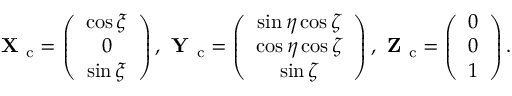
\textbf { X } _ { \mathrm { c } } = \left( \begin{array} { c } { \cos \xi } \\ { 0 } \\ { \sin \xi } \end{array} \right) , \textbf { Y } _ { \mathrm { c } } = \left( \begin{array} { c } { \sin \eta \cos \zeta } \\ { \cos \eta \cos \zeta } \\ { \sin \zeta } \end{array} \right) , \textbf { Z } _ { \mathrm { c } } = \left( \begin{array} { l } { 0 } \\ { 0 } \\ { 1 } \end{array} \right) .